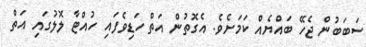
ސަބަބުން ޖެހޭ ބައްޔެއް ކަމަށެވެ. އެގޮތުން އަތް ހަޑިވެފައި ހުއްޓާ ލޮލުގައި އަތް